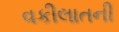
વકીલાતની